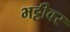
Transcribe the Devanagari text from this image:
भट्टीवर